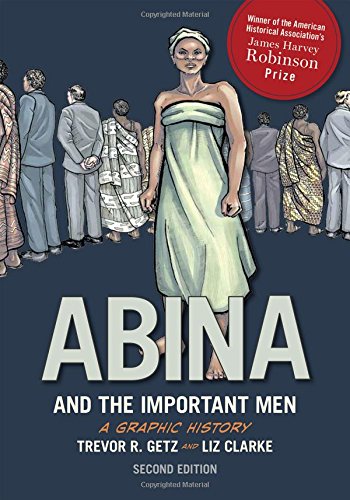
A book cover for Abina and the Important Men; Trevor R. Getz; History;